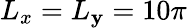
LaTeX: L_{x}=L_{\mathbf{y}}=10\pi